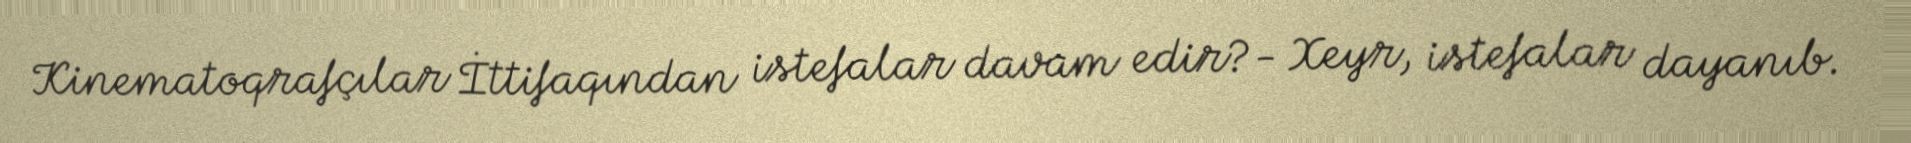
Kinematoqrafçılar İttifaqından istefalar davam edir?- Xeyr, istefalar dayanıb.